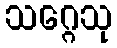
သဂ္ဂေသု